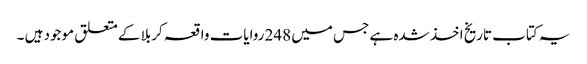
یہ کتاب تاریخ اخذ شدہ ہے جس میں 248 روایات واقعہ کربلا کے متعلق موجود ہیں ۔